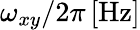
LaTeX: \omega_{xy}/2\pi\, [\mathrm{Hz}]